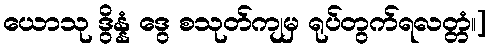
ယောသု ဒွိန္နံ ဒွေ စသုတ်ကျမှ ရုပ်တွက်ရလတ္တံ၊၊]